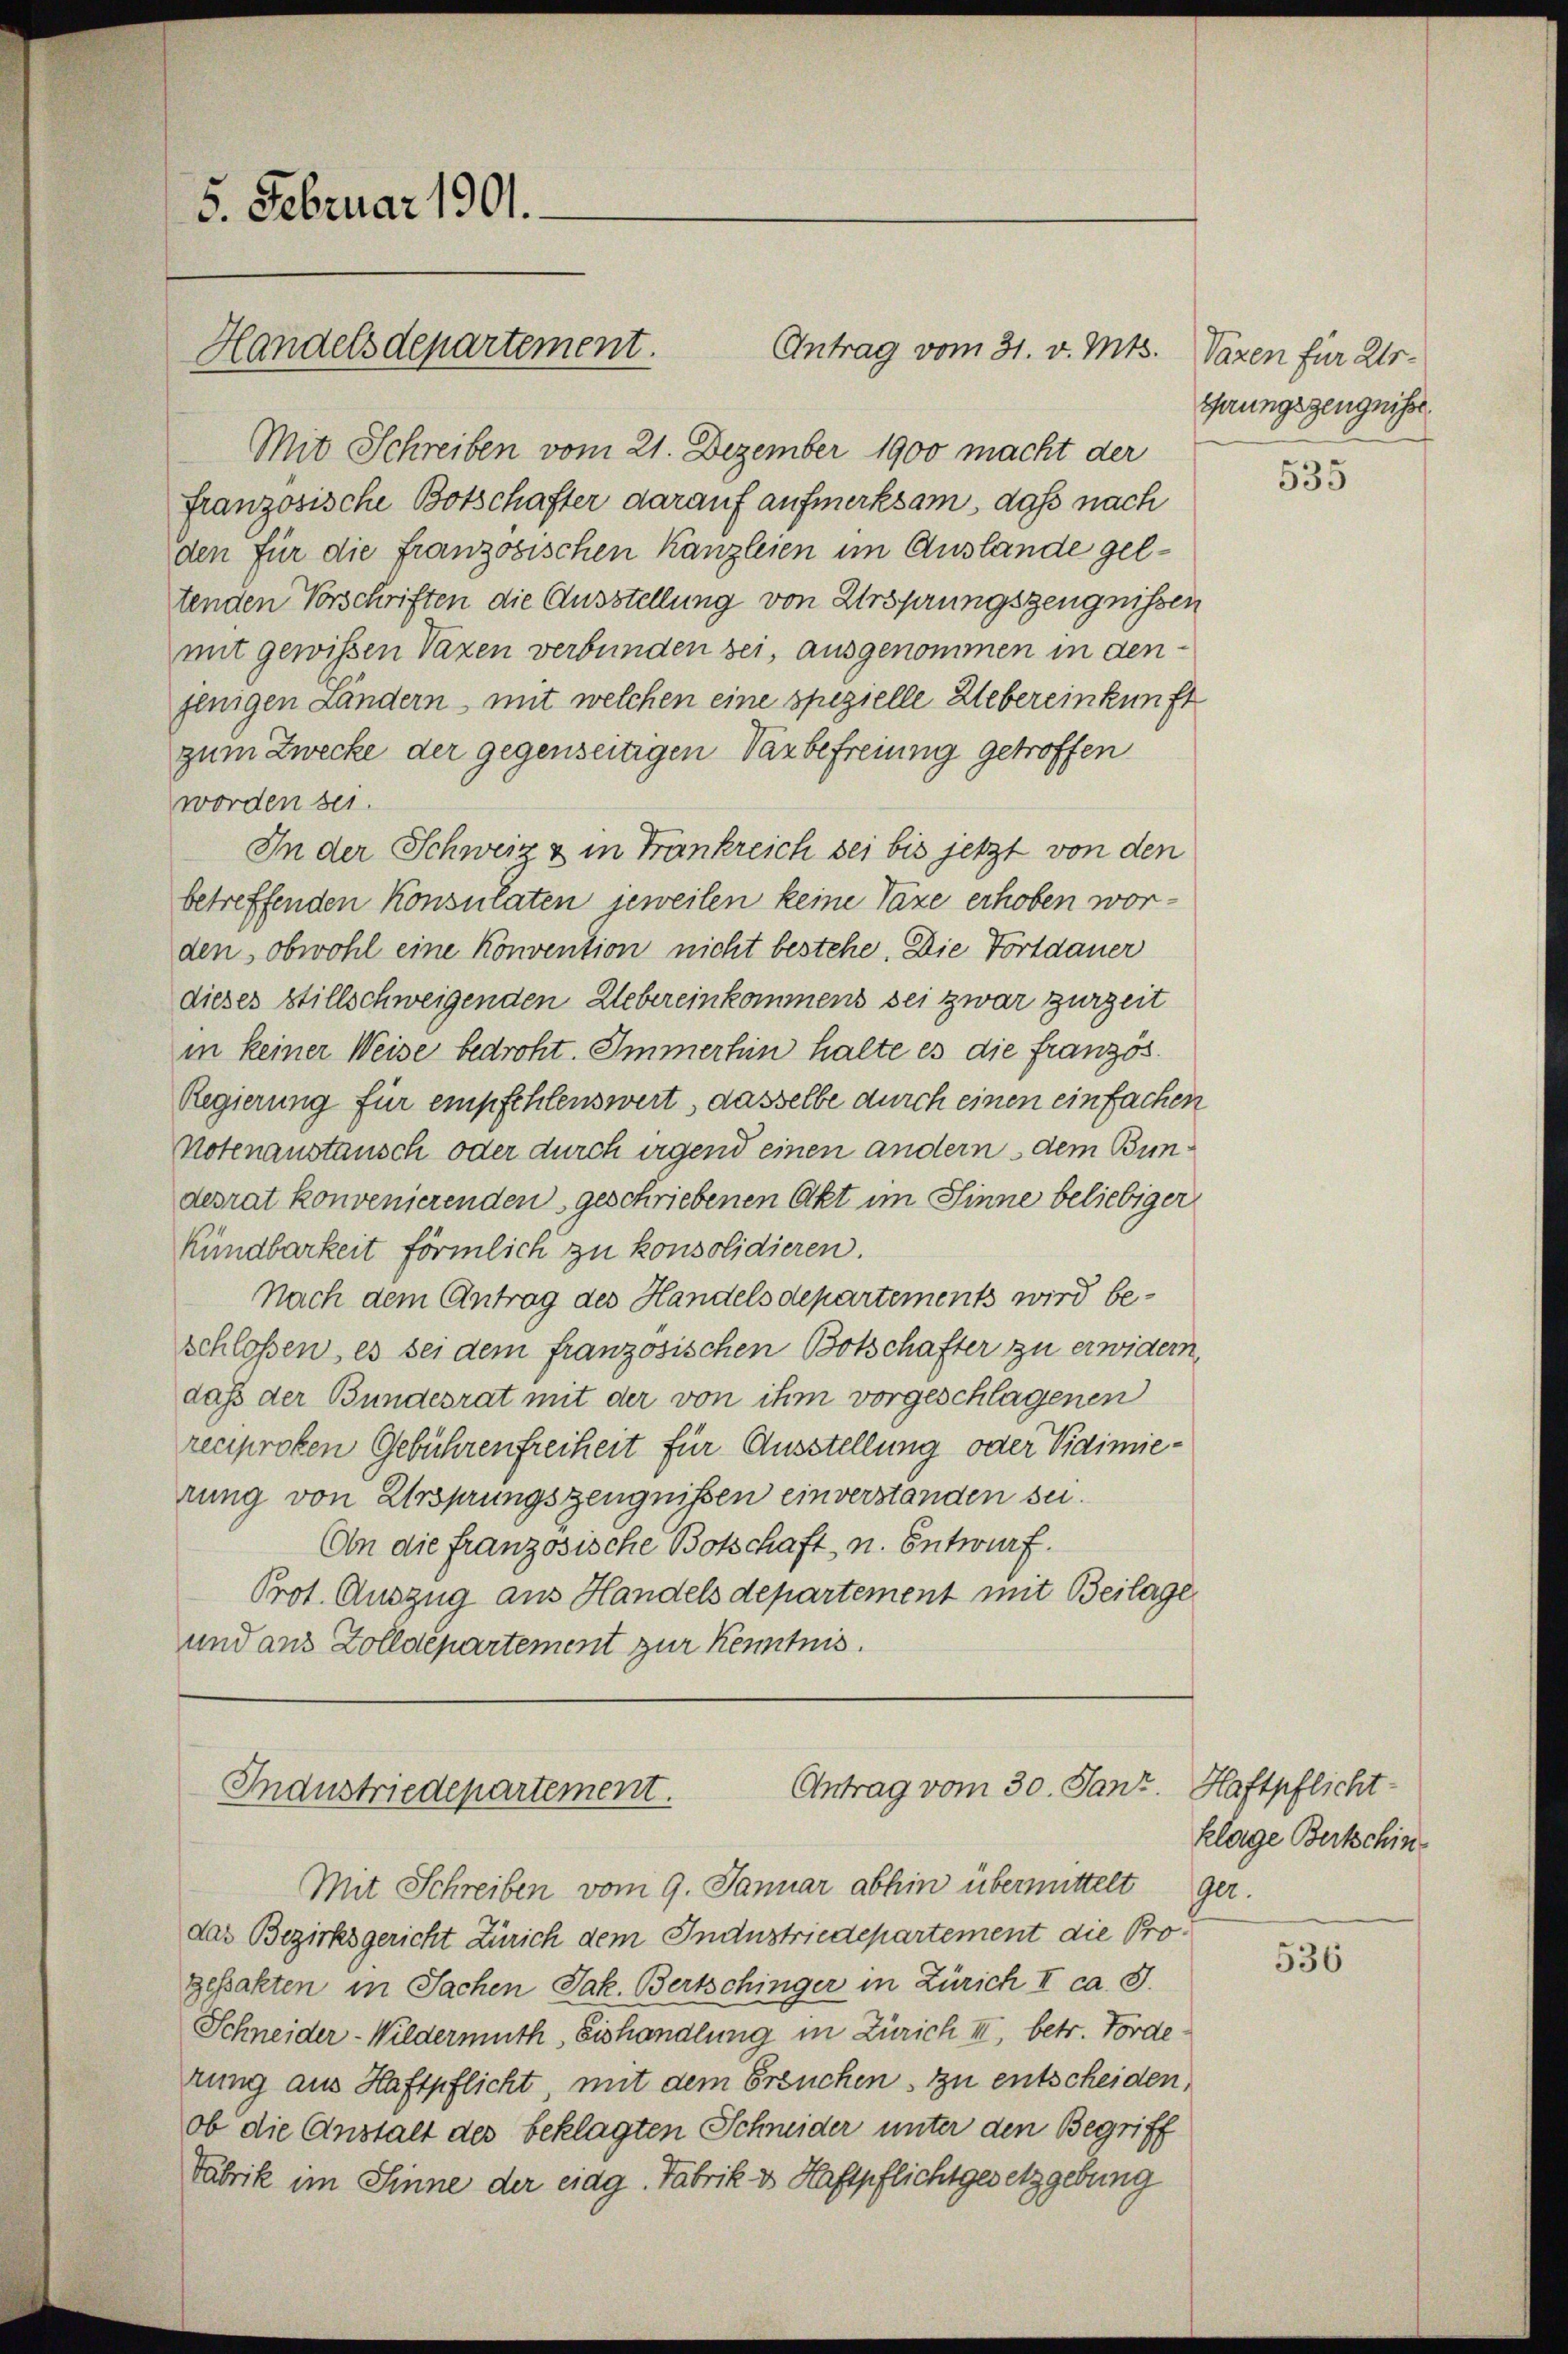
5. Februar 1901.

Mit Schreiben vom 21. Dezember 1900 macht der
französische Botschafter darauf aufmerksam, daß nach
den für die französischen Kanzleien im Auslande geltenden Vorschriften die Ausstellung von Ursprungszeugnissen
mit gewissen Vazen verbunden sei, ausgenommen in den
jenigen Ländern, mit welchen eine spezielle Uebereinkunft
zum Zwecke der gegenseitigen Varbefreiung getroffen
worden sei.
In der Schweiz & in Frankreich bei bis jetzt von den
betreffenden Konsulaten jeweilen keine Taxe erhoben worden, obwohl eine Konvention nicht bestehe. Die Fortdauer
dieses stillschweigenden Uebereinkommens sei zwar zurzeit
in keiner Weise bedroht. Immerhin halte es die französ¬
Regierung für empfehlenswert, dasselbe durch einen einfachen
Notenanstansch oder durch irgend einen andern dem Bundesrat konvenierenden geschriebenen Akt im Sinne beliebiger
Kündbarkeit förmlich zu konsolidieren.
Nach dem Antrag des Handels departements wird beschloßen, es sei dem französischen Botschafter zu erwidern,
daß der Bundesrat mit der von ihm vorgeschlagenen
reciproten Gebührenfreiheit für Ausstellung oder Vidimierung von Ursprungszeugnissen einverstanden sei.
An die französische Botschaft, u. Entwurf.
Prot. Auszug aus Handels departement mit Beilage
und aus Zolldepartement zur Kenntnis.

Handelsdepartement.

Antrag vom 31. v. Mts.

Antrag vom 30. Janz. Haftpflicht-
Industriedepartement.

Mit Schreiben vom 9. Januar abhin übermittelt ger
das Bezirksgericht Zürich dem Industriedepartement die Progessakten in Sachen Jak. Bertschinger in Zürich I ca. S.
Schneider-Wildermuth Eishandlung in Zürich II, betr. Förde
rung aus Haftpflicht, mit dem Ersuchen zu entscheiden,
ob die Anstalt des beklagten Schneider unter den Begriff
Fabrik im Sinne der eidg. Fabrik v Haftpflichtgesetzgebung

Vazen für Ur-
Gerungszeugnisse

535

klage Bertschin¬

536